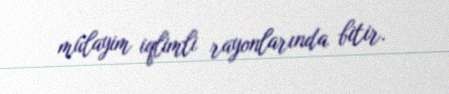
mülayim iqlimli rayonlarında bitir.